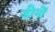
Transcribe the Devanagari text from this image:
डीनों